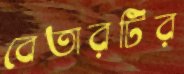
বেতারটির